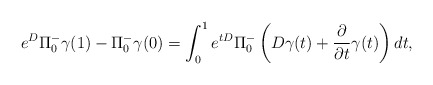
\begin{align*} e^D \Pi^-_0 \gamma(1) - \Pi^-_0 \gamma (0) &= \int_0^1 e^{t D} \Pi^-_0 \left( D \gamma(t) + \frac{\partial}{\partial t} \gamma(t) \right) dt, \end{align*}